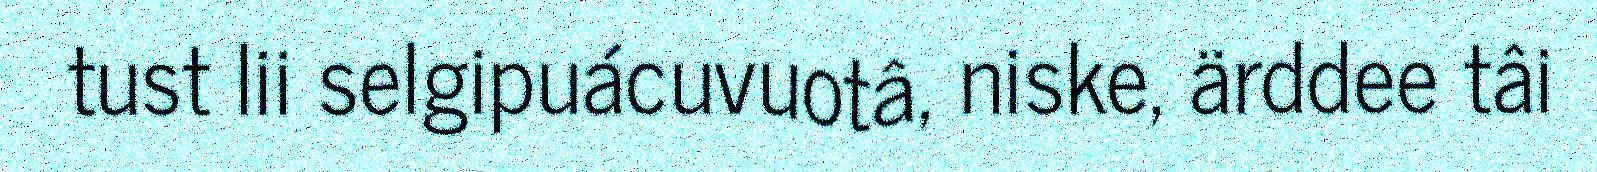
tust lii selgipuácuvuotâ, niske, ärddee tâi